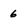
Character: 6